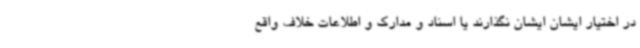
در اختیار ایشان ایشان نگذارند یا اسناد و مدارک و اطلاعات خلاف واقع